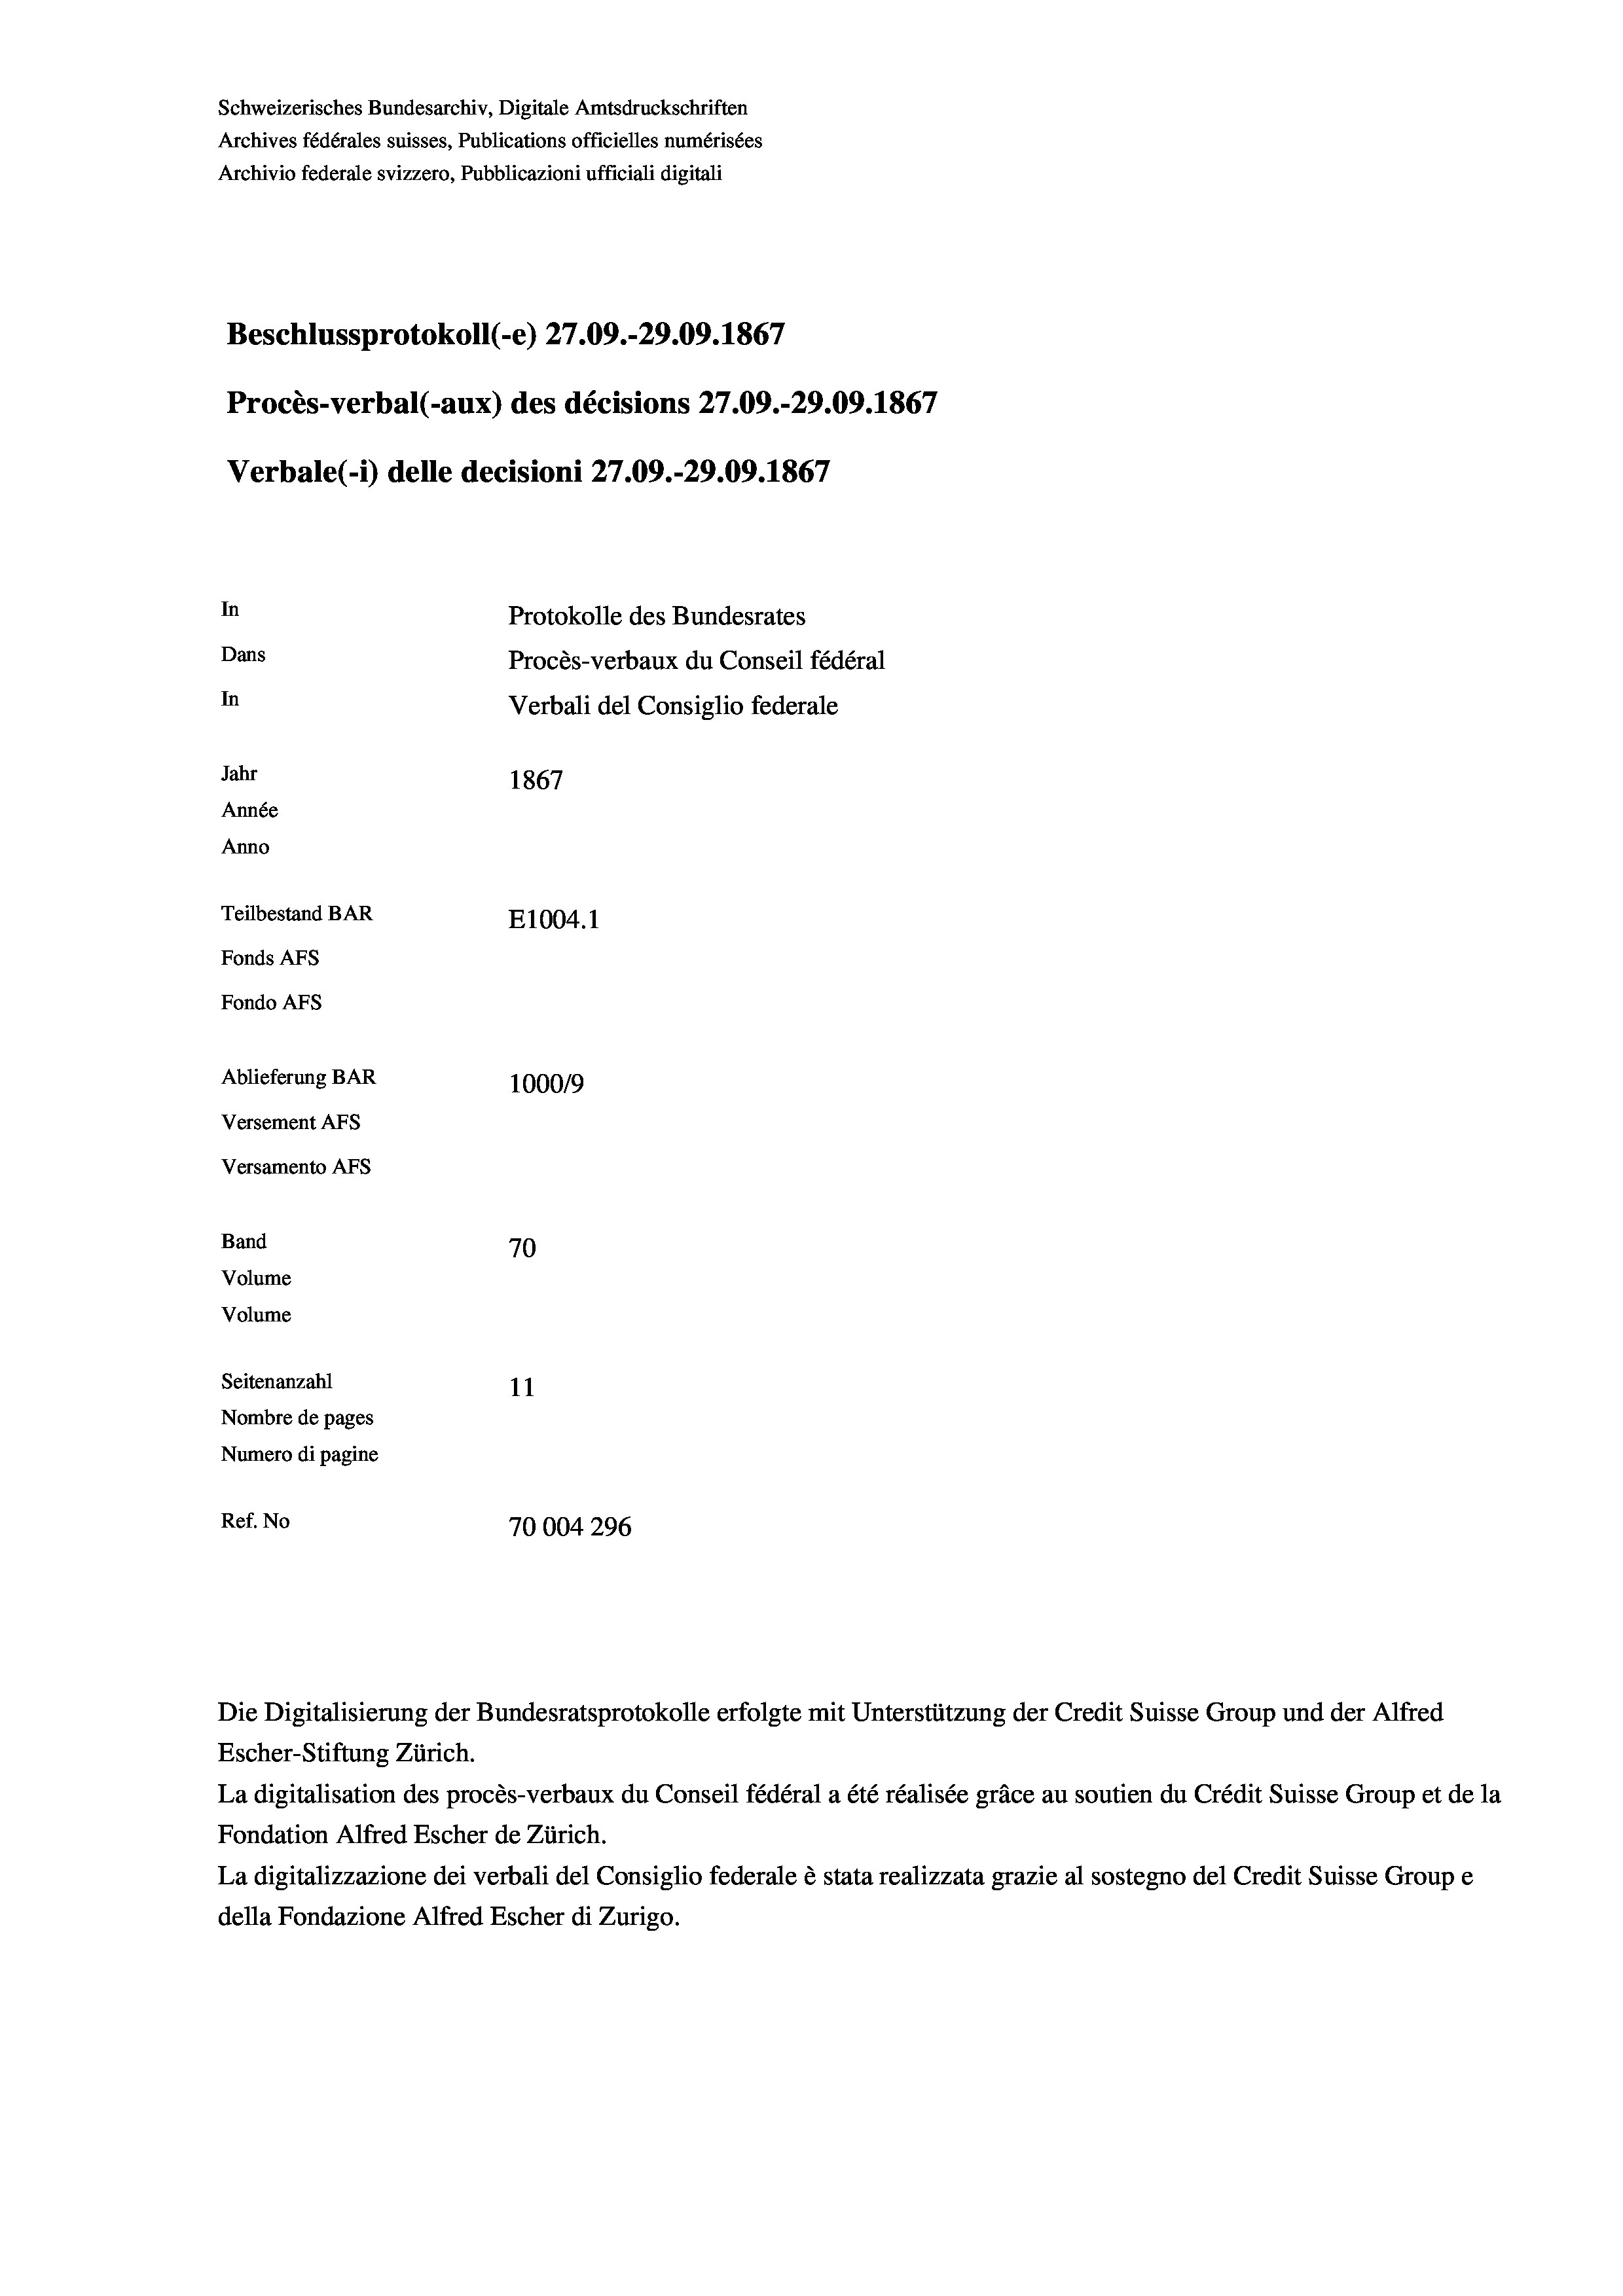
Schweizerisches Bundesarchiv, Digitale Amtsdruckschriften
Archives fédérales suisses, Publications officielles numérisées
Archivio federale svizzero, Pubblicazioni ufficiali digitali
Beschlussprotokoll (-e) 27.09.-29.09. 1867
Procès-verbal (-aux) des décisions 27.09.-29.09. 1867
Verbale (- 1) delle decisioni 27.09.-29.09. 1867
In
Protokolle des Bundesrates
Dans
Procès-verbaux du Conseil fédéral
In
Verbali del Consiglio federale
Jahr
1867
Année
Anno
Teilbestand BAR
E1004.1
Fonds AFs
Fondo AFS
Ablieferung BAR
100019
Versement AFs
Versamento AFs
Band
70
Volume
Volume
Seitenanzahl
11
Nombre de pages
Numero di pagine
Ref. No
70004296

Escher-Stiftung Zürich.
La digitalisation des procès-verbaux du Conseil fédéral a été réalisée gräce au soutien du Crédit Suisse Group et de la
Fondation Alfred Escher de Zürich.
La digitalizzazione dei verbali del Consiglio federale è stata realizzata grazie al sostegno del Credit Suisse Groupe
della Fondazione Alfred Escher di Zurigo.

Die Digitalisierung der Bundesratsprotokolle erfolgte mit Unterstützung der Credit Suisse Group und der Alfred